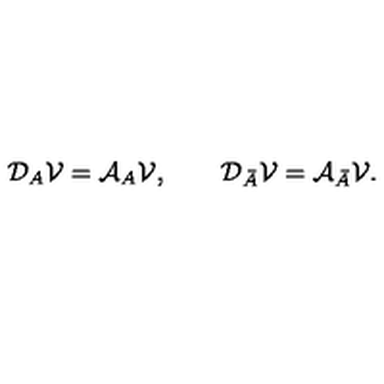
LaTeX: { \cal D } _ { A } { \cal V } = { \cal A } _ { A } { \cal V } , \qquad { \cal D } _ { \bar { A } } { \cal V } = { \cal A } _ { \bar { A } } { \cal V } .